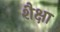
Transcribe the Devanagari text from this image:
शैक्षा